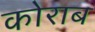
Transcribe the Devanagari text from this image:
कोराब